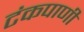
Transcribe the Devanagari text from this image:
टंकपाणी